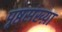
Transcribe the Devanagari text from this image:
पृष्ठसंख्य़ा